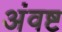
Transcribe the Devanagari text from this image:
अंवष्ट